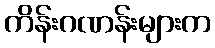
ကိန်းဂဏန်းများက